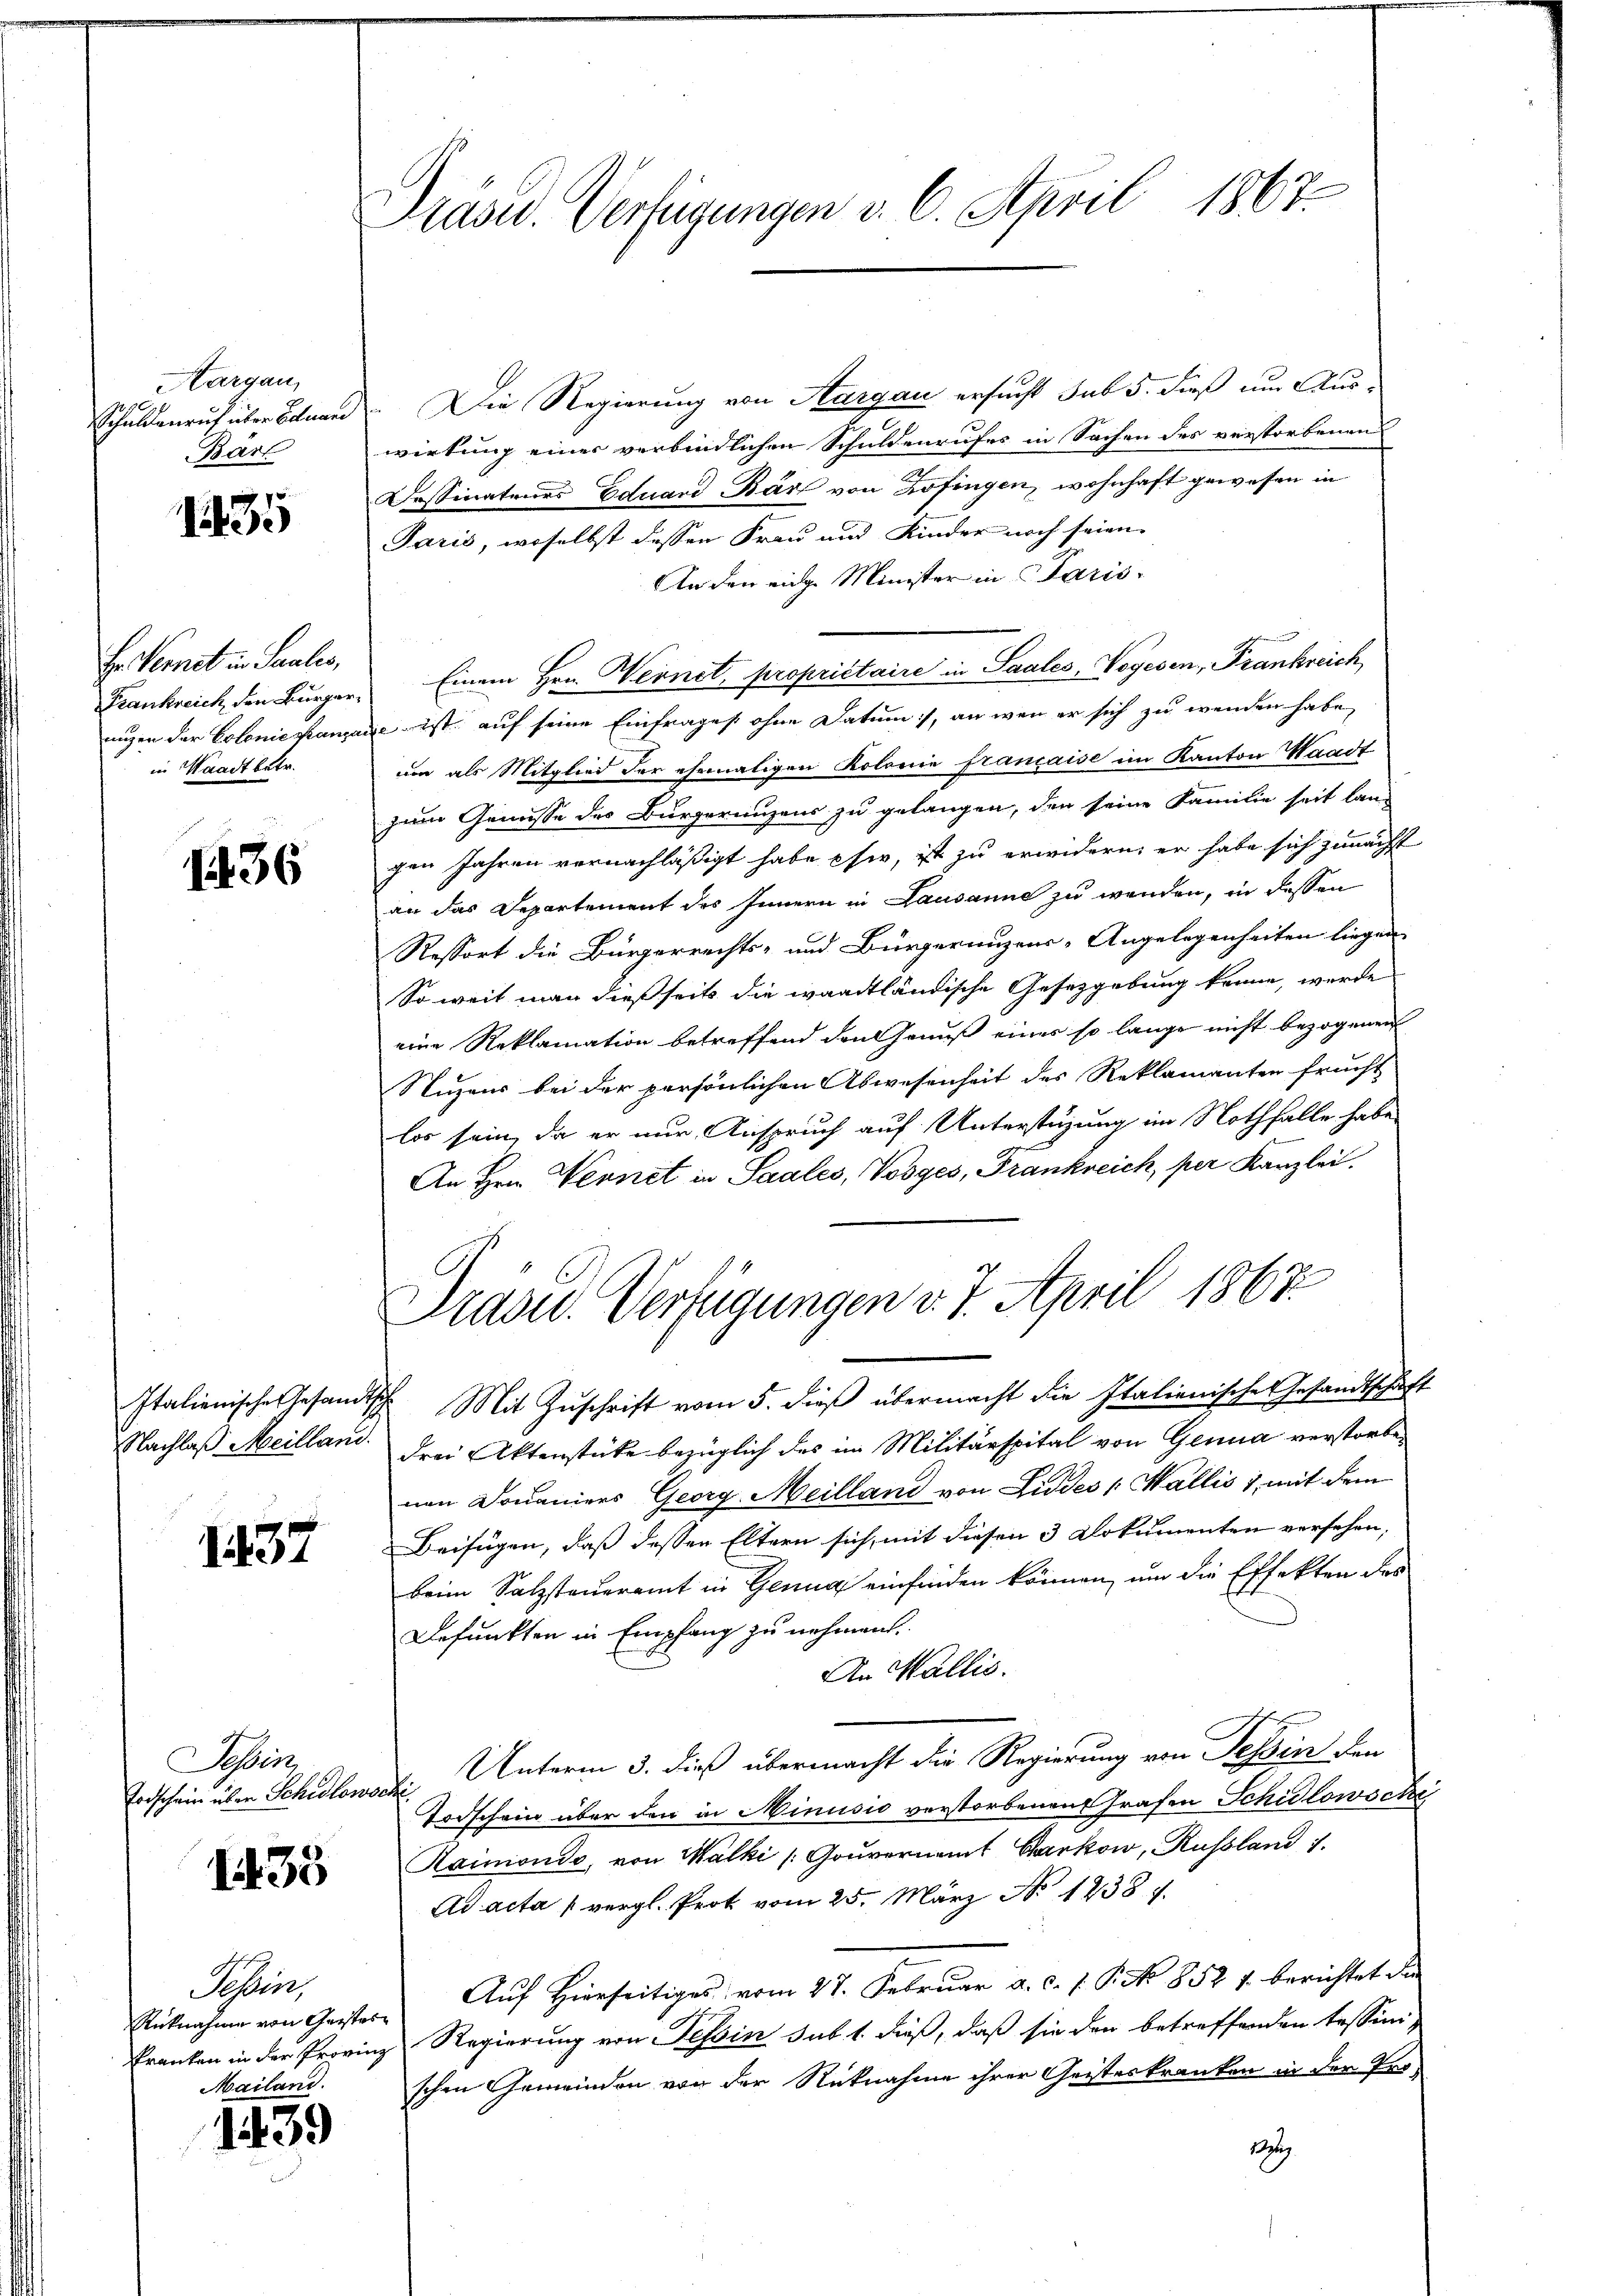
Aargau,
Schuldenruf über Eduard
Bart

1835

Er Vernet in Paulis,
ungen der Colonie Kranza
in Waadt betr.

1436

1437

essen

1435

Sehen,
Rücknahme von Geister¬
Mailand.

1439

Prasid. Verfügungen v. 6. April 1867.

Die Regierung von Aargau ersucht sub 5. dieß um Auswirkung einer verbindlichen Schuldenrufes in Sachen des verstorbenen
Dessinatenes Eduard Bär von Zofingen, wohnhaft gewesen in
Paris, woselbst dessen Frau und Kinder noch seien.
An den einge Minister in Paris
Frankreich den Bürger. Einem Hrn. Wernet, propriétaire in Saales, Vegesen, Frankreich
n ist auf seine Einfrages ohne Datum), an wenn er sich zu wenden habe,
um als Mitglied der ehemaligen Kolonie française im Kanton Waadt
zum Genüsse des Bürgerungens zu gelangen, den seine Familie seit lang
gen Jahren vernachläßigt habe sie, ist zu erwidern, er habe sich zunächst
an das Departement des Innern in Lausanne zu werden, in dessen
Ressort die Bürgerrechts- und Bürgerungens-Angelegenheiten liegen
So weit man dießseits die waadtländische Gesetzgebung könne, werde
eine Reklamation betreffend den Genuß einer so lange nicht bezogenen
Nuzens bei der persönlichen Abwesenheit des Reklamanten frucht
los sein, da er nur Anspruch auf Unterstüzung im Nothfalle habe
An Hrn. Wernet in Saales, Vosges, Frankreich, per Kanzlei.
Drasu. Verfügungen v. 7. April 1867
Italienische Gesandtsche Mit Zŭschrift vom 5. dieß übermacht die Italienische Gesandtschaft
Nachlaß Meilland. Frei Aktenstücke bezüglich des im Militärspital von Genua verstorbenen Domaniers Georg Meilland von Luddes Wallis 1, mit dem
Beifügen, daß dessen Eltern sich mit diesen 3 Dokumenten versehen,
beim Salzsteueramt in Genug einfinden können, um die Effekten des
Befunkten in Empfang zu nehmen.
An Wallis.
Erdschein über Schedlowocti. Unterm 3. dieß übermacht die Regierung von Tessin den
Todschein über den in Minusio verstorbenen Grafen Schidlowschi
Haimonio, von Walki /: Gouvernamt Garkow, Russland 7.
Ad acta vergl. Prot vom 25. März No 1238 f.
Auf Hierseitiges vom 27. Februar a. c. 1. P. No 852. 1. berichtet die
Franken in der Provinz Regierung von Tessin sub 1. dieß, daß sie den betreffenden Tessini-
schen Gemeinden von der Rücknahme ihrer Geisteskranken in der Pro¬
Bug